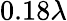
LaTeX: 0.18\lambda